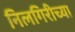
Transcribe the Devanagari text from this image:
निलगिरीच्‍या